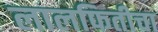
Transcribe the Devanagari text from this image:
लालफितीचा